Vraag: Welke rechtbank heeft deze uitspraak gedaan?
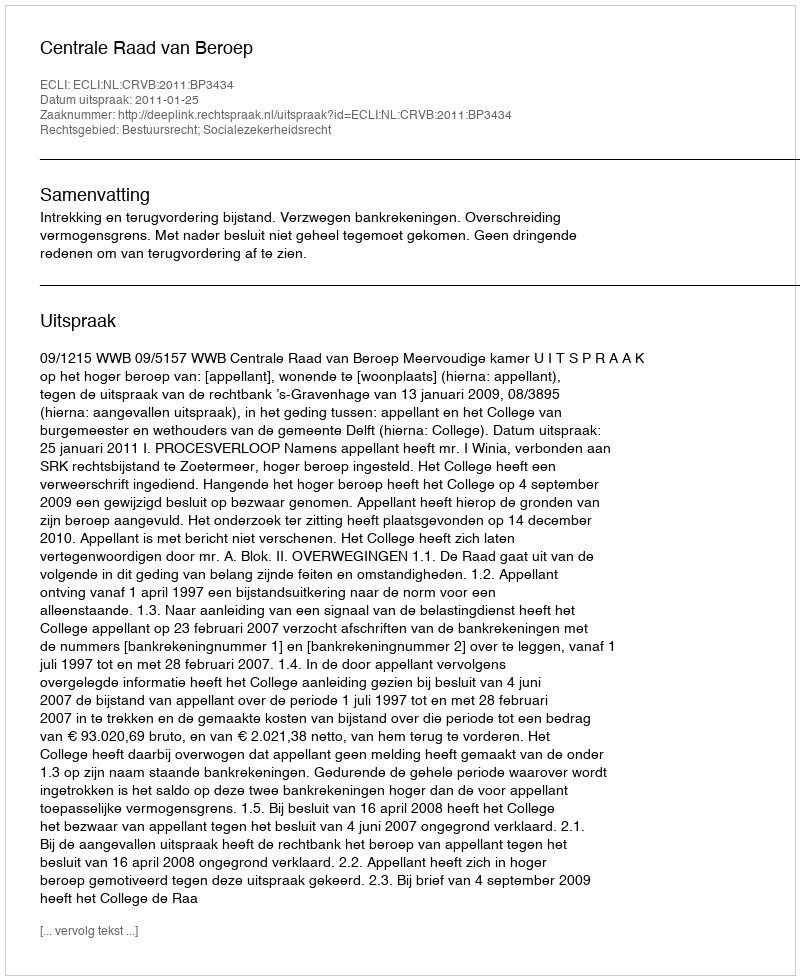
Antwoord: Centrale Raad van Beroep